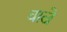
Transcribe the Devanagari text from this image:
वाल्रे